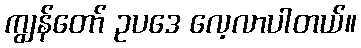
ကျွန်တော် ဥပဒေ လေ့လာပါတယ်။